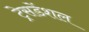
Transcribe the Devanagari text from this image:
ट्रेसडेंशल